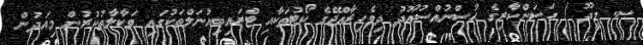
ސ. މީދޫ / ހަސަންކާރިގެ ޙުސްނުއްސުޢޫދު ދިވެހިރާއްޖޭގެ ކޯޓުތަކާއި ޓްރައިބިއުނަލްތަކުގައި ވަކާލާތުކުރުން މިއަދުން